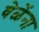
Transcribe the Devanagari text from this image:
वेळेंना